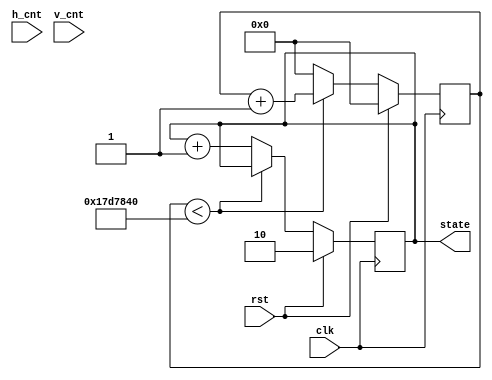
`timescale 1ns / 1ps
module changestartscene(clk, rst, h_cnt, v_cnt, state);
    input clk, rst;
    input [9:0] h_cnt, v_cnt;
    output [1:0] state;
    reg [1:0] state, nextstate;
    reg [29:0] cnt, nextcnt;
    always@(posedge clk)begin
        if(rst)begin
            cnt <= 30'd0;
            state <= 2'b10;
        end
        else begin
            cnt <= nextcnt;
            state <= nextstate;;
        end
    end
    always@(*)begin
        if(cnt < 30'd25000000)begin
            nextcnt = cnt + 30'd1;
            nextstate = state;
        end
        else begin
            nextcnt = 30'd0;
            nextstate = state + 2'd1;
        end
    end
endmodule